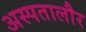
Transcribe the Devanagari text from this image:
अस्पतालौर